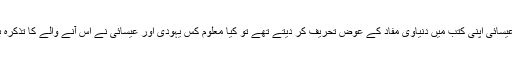
جب مسلمانوں کے اپنے دعوے کے مطابق یہودی اور عیسائی اپنی کتب میں دنیاوی مفاد کے عوض تحریف کر دیتے تھے تو کیا معلوم کس یہودی اور عیسائی نے اس آنے والے کا تذکرہ بھی محض اپنی قوم کو ‘لارا لپا” لگانے کے لئے ڈالا ہو۔